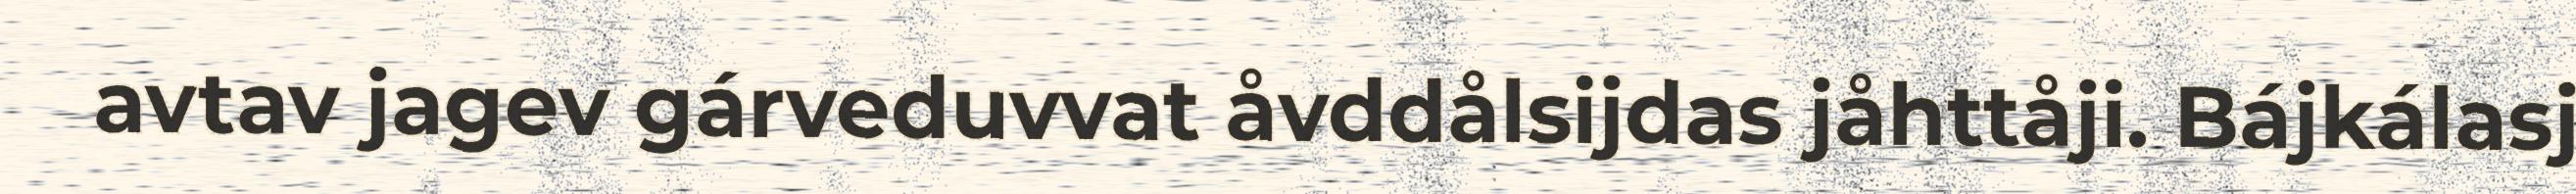
avtav jagev gárveduvvat åvddålsijdas jåhttåji. Bájkálasj